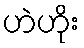
ဟဲဟိုး